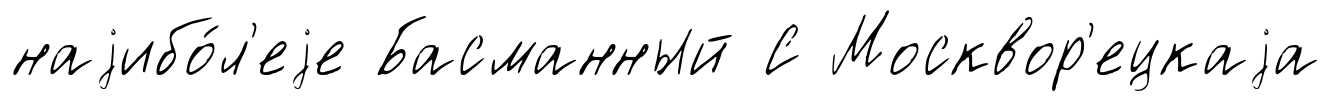
наjибо́л'еjе Басманный С Москвор'ецкаjа